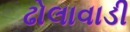
ઢોલાવાડી